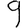
Digit: 9